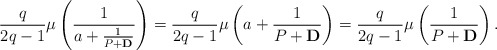
\begin{align*}\frac{q}{2q -1} \mu \left( \frac{1}{a+ \frac{1}{P + {\bf D}}} \right)= \frac{q}{2q -1}\mu \left( a+ \frac{1}{P + {\bf D}} \right) = \frac{q}{2q -1}\mu \left(\frac{1}{P + {\bf D}} \right).\end{align*}